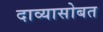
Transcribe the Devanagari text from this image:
दाव्यासोबत